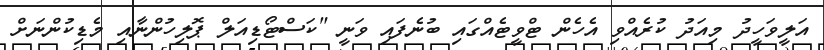
އަލީވަހީދު މިއަދު ކުރެއްވި އެހެން ޓްވީޓެއްގައި ބުނެފައި ވަނީ "ކަސްޓޯޑިއަލް ޕޮލިހުންނާއި މެޑިކުންނަށް